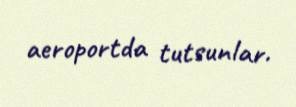
aeroportda tutsunlar.